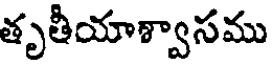
తృతీయాశ్వాసము